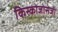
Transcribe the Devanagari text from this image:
किस्कोजोसेजी